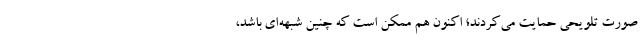
صورت تلویحی حمایت می‌کردند؛ اکنون هم ممکن است که چنین شبهه‌ای باشد،